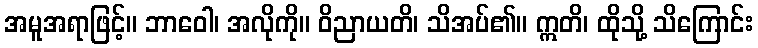
အမူအရာဖြင့်။ ဘာဝေါ၊ အလိုကို။ ဝိညာယတိ၊ သိအပ်၏။ ဣတိ၊ ထိုသို့ သိကြောင်း